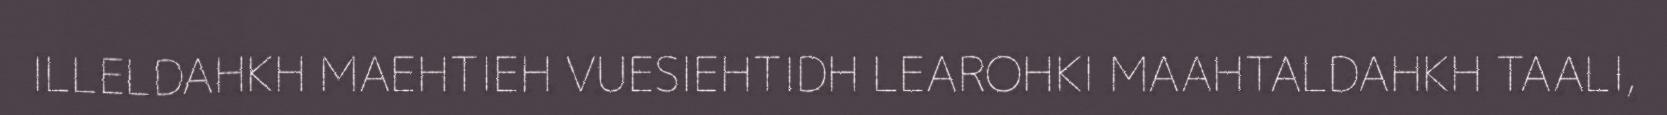
ILLELDAHKH MAEHTIEH VUESIEHTIDH LEAROHKI MAAHTALDAHKH TAALI,